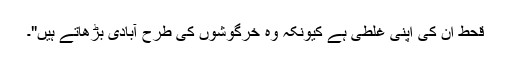
قحط ان کی اپنی غلطی ہے کیونکہ وہ خرگوشوں کی طرح آبادی بڑھاتے ہیں"۔